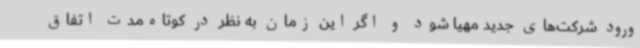
ورود شرکت‌های جدید مهیا شود و اگر این زمان به نظر در کوتاه‌مدت اتفاق